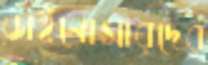
ডাইনোসারদের